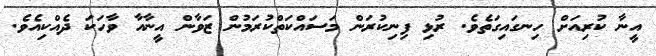
އީނާ ކުރިއަށް ހިނގައިގަތެވެ. ރުޅި ފިނިކުރަން މަސައްކަތްކުރަމުން ޒަވާން އީނާއާ ވާހަކަ ދެއްކިއެވެ.